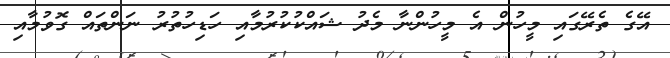
އޭގެ ތެރޭގައި މީހުން އެ މީހުންނާ މެދު ޝައްކުކުރުމާއި ހަޑިހުތުރު ނަންތައް ގޮވުމާއި